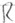
Text: R